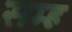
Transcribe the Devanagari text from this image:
सम्ह